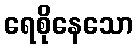
ရေစိုနေသော